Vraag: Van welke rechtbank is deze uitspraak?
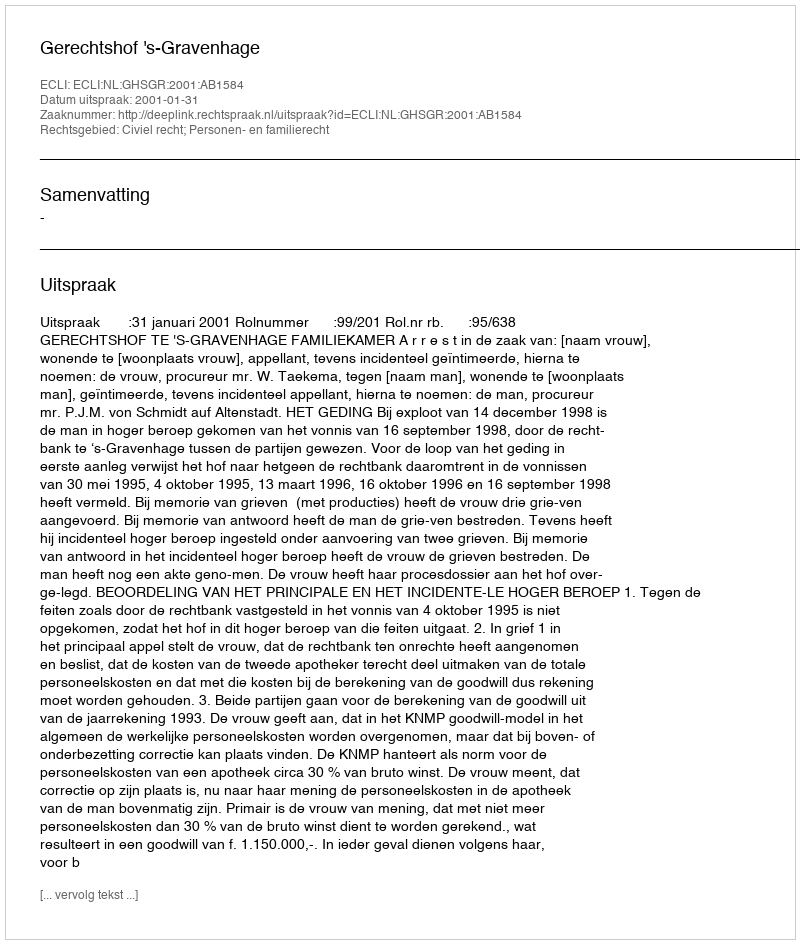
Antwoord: Gerechtshof 's-Gravenhage